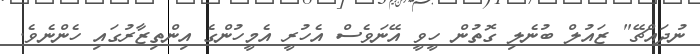
ނުދައްޗޭ" ޒައުލް ބުނެލި ގޮތުން ހީވީ އޭނަވެސް އެހުރީ އެމީހުންގެ އިންތިޒާރުގައި ހެންނެވެ.